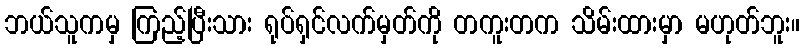
ဘယ်သူကမှ ကြည့်ပြီးသား ရုပ်ရှင်လက်မှတ်ကို တကူးတက သိမ်းထားမှာ မဟုတ်ဘူး။